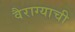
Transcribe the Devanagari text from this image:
वैराग्‍याची